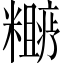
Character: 𬖼